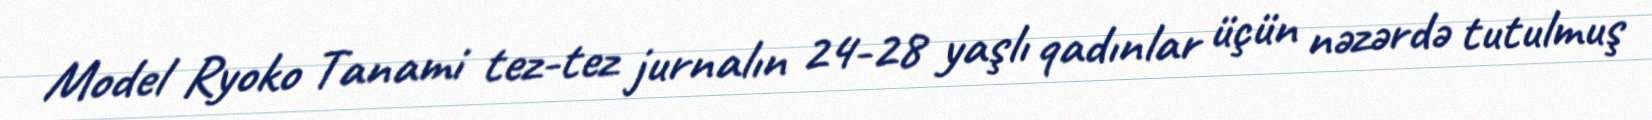
Model Ryoko Tanami tez-tez jurnalın 24-28 yaşlı qadınlar üçün nəzərdə tutulmuş